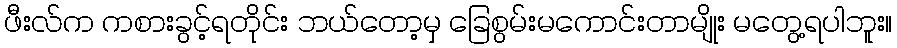
ဖီးလ်က ကစားခွင့်ရတိုင်း ဘယ်တော့မှ ခြေစွမ်းမကောင်းတာမျိုး မတွေ့ရပါဘူး။